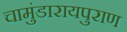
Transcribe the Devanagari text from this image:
चामुंडारायपुराण